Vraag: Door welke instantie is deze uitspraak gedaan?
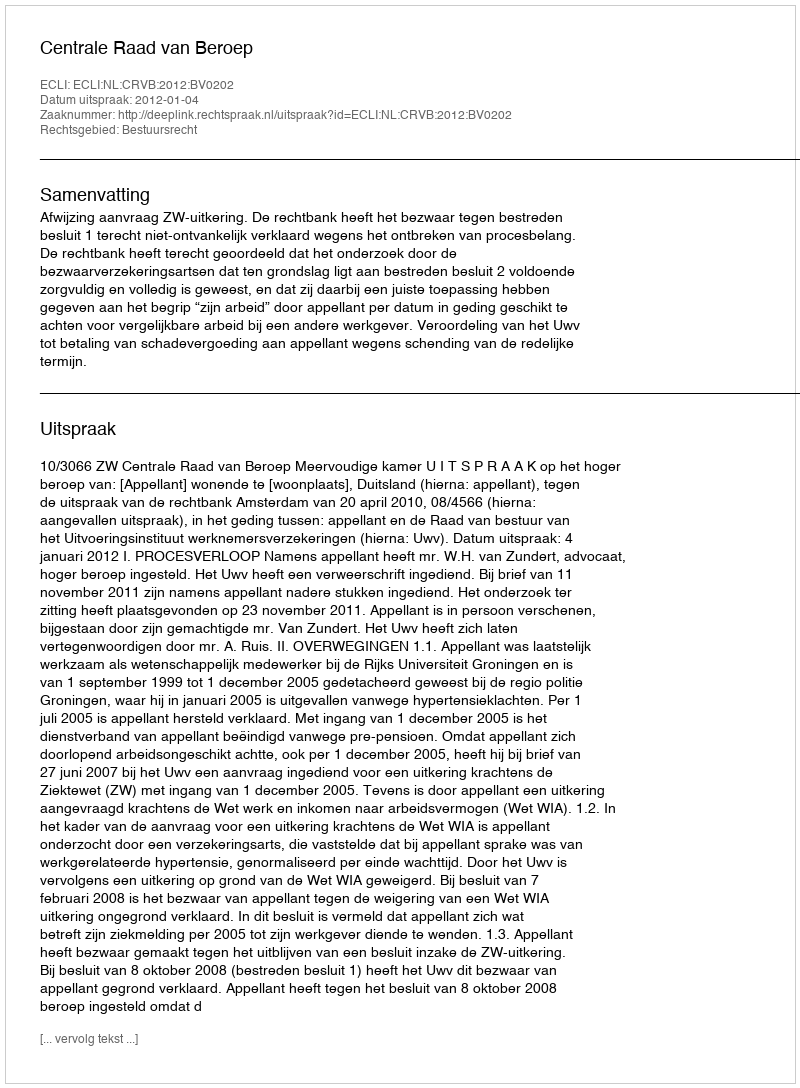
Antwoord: Centrale Raad van Beroep